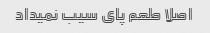
اصلا طعم پای سیب نمیداد